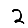
Digit: 2